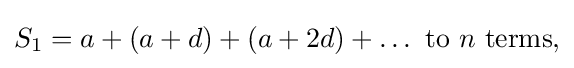
S_{1}=a+(a+d)+(a+2d)+\ldots {\text{ to }}n{\text{ terms,}}